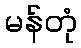
မန်တုံ